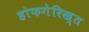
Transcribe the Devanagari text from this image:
होफगेरिख्त